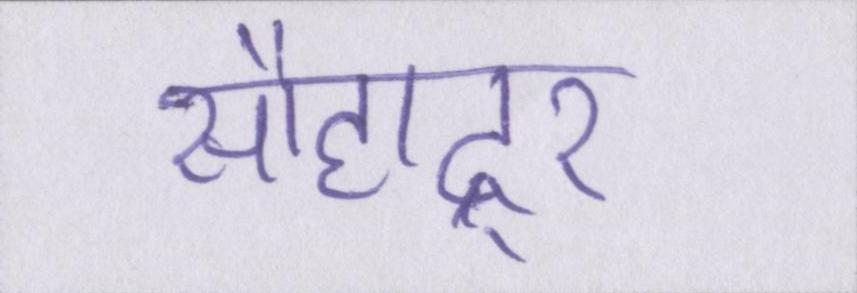
सौहाद्र्र